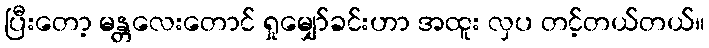
ပြီးတော့ မန္တလေးတောင် ရှုမျှော်ခင်းဟာ အထူး လှပ တင့်တယ်တယ်။